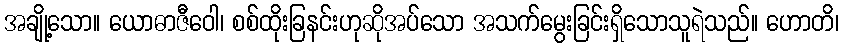
အချို့သော။ ယောဓာဇီဝေါ၊ စစ်ထိုးခြနင်းဟုဆိုအပ်သော အသက်မွေးခြင်းရှိသောသူရဲသည်။ ဟောတိ၊